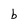
Character: b